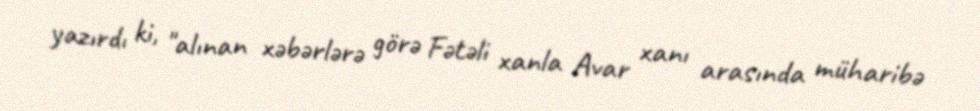
yazırdı ki, "alınan xəbərlərə görə Fətəli xanla Avar xanı arasında müharibə